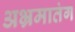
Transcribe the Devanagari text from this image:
अभ्रमातंग